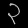
Digit: ၃